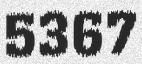
5367